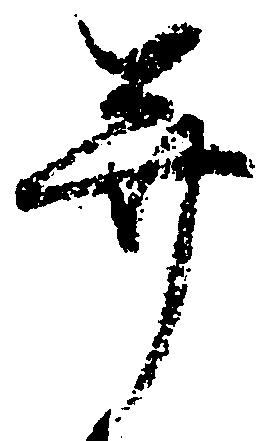
并